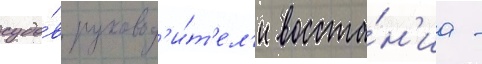
судо́в руковод'и́т'ел'и восста́н'иа -